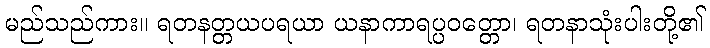
မည်သည်ကား။ ရတနတ္တယပရယာ ယနာကာရပ္ပဝတ္တော၊ ရတနာသုံးပါးတို့၏